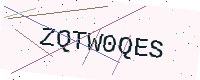
Text: ZQTW0QES